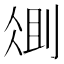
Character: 𫦆